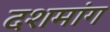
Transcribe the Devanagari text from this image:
दशमांग